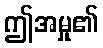
ဤအမှု၏